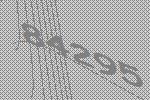
84295